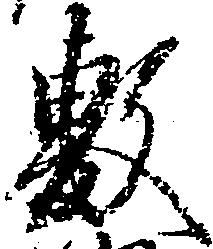
敷